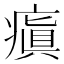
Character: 瘨